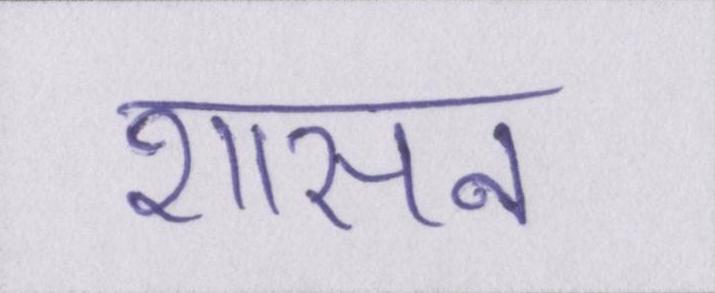
शासन